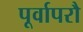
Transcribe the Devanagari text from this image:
पूर्वापरौ